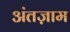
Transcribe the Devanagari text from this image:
अंतज़ाम